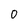
Character: 0